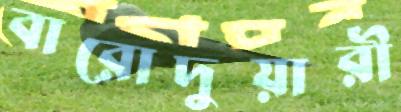
বারোদুয়ারী